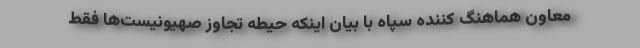
معاون هماهنگ کننده سپاه با بیان اینکه حیطه تجاوز صهیونیست‌ها فقط